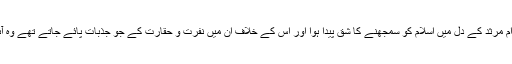
ان تمام باتوں کو دیکھ کرام مرثد کے دل میں اسلام کو سمجھنے کا شق پیدا ہوا اور اس کے خلاف ان میں نفرت و حقارت کے جو جذبات پائے جاتے تھے وہ آہستہ آہستہ کم ہونے لگے۔